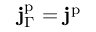
\mathbf { j } _ { \Gamma } ^ { \mathrm { p } } = \mathbf { j } ^ { \mathrm { p } }